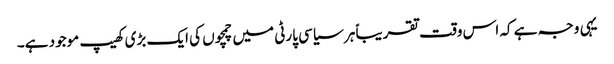
یہی وجہ ہے کہ اس وقت تقریباً ہر سیاسی پارٹی میں چمچوں کی ایک بڑی کھیپ موجود ہے۔